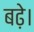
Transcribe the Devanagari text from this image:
बढे़।